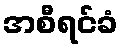
အစီရင်ခံ